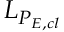
L _ { P _ { E , c l } }